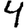
Digit: 4